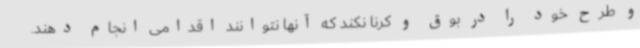
و طرح خود را در بوق و کرنا نکند که آنها نتوانند اقدامی انجام دهند.